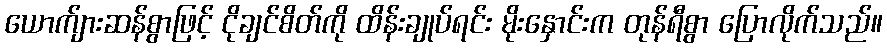
ယောက်ျားဆန်စွာဖြင့် ငိုချင်စိတ်ကို ထိန်းချုပ်ရင်း မိုးနှောင်းက တုန်ရီစွာ ပြောလိုက်သည်။